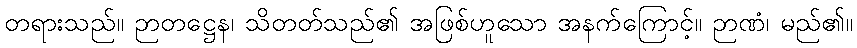
တရားသည်။ ဉာတဋ္ဌေန၊ သိတတ်သည်၏ အဖြစ်ဟူသော အနက်ကြောင့်။ ဉာဏံ၊ မည်၏။